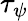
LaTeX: \tau_{\psi}